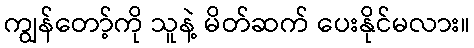
ကျွန်တော့်ကို သူနဲ့ မိတ်ဆက် ပေးနိုင်မလား။